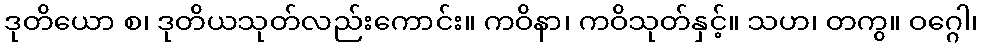
ဒုတိယော စ၊ ဒုတိယသုတ်လည်းကောင်း။ ကဝိနာ၊ ကဝိသုတ်နှင့်။ သဟ၊ တကွ။ ဝဂ္ဂေါ၊